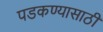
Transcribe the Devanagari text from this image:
पडकण्यासाठी